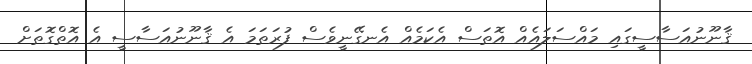
ޤާނޫނުއަސާސީގައި މައްސަލައެއް އޮތަސް އެކަމެއް އެނގޭނީވެސް ފުރަތަމަ އެ ޤާނޫނުއަސާސީ އެ އޮތްގޮތަށް